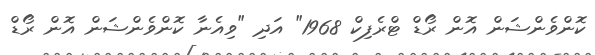
ކޮންވެންޝަން އޮން ރޯޑް ޓްރެފިކް 1968" އަދި "ވިއެނާ ކޮންވެންޝަން އޮން ރޯޑް